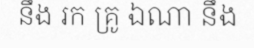
នឹង រក គ្រូ ឯណា នឹង